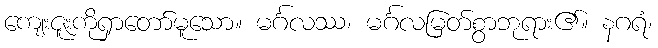
ကျေးဇူးကိုရှာတော်မူသော။ မင်္ဂလဿ၊ မင်္ဂလမြတ်စွာဘုရား၏။ နဂရံ၊